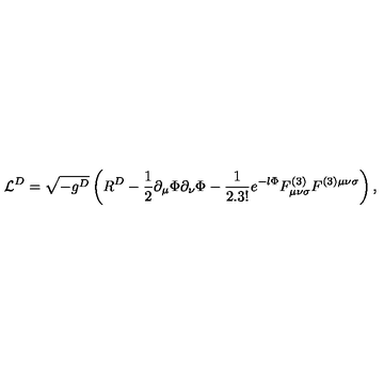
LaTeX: { \cal L } ^ { D } = \sqrt { - g ^ { D } } \left( R ^ { D } - \frac { 1 } { 2 } \partial _ { \mu } \Phi \partial _ { \nu } \Phi - { \frac { 1 } { 2 . 3 ! } } e ^ { - l \Phi } F _ { \mu \nu \sigma } ^ { ( 3 ) } F ^ { ( 3 ) \mu \nu \sigma } \right) ,